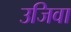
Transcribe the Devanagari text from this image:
उजिवा